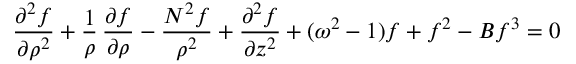
{ \frac { \partial ^ { 2 } f } { \partial \rho ^ { 2 } } } + { \frac { 1 } { \rho } } \, { \frac { \partial f } { \partial \rho } } - { \frac { N ^ { 2 } f } { \rho ^ { 2 } } } + { \frac { \partial ^ { 2 } f } { \partial z ^ { 2 } } } + ( \omega ^ { 2 } - 1 ) f + f ^ { 2 } - B f ^ { 3 } = 0